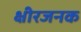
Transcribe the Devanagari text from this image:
क्षीरजनक